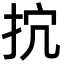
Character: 抭